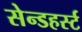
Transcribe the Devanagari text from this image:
सेन्डहर्स्ट